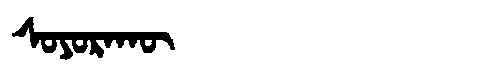
Manchu: ᠰᠣᠶᠣᡵᠠᡴᡡ
Romanization: SOYORAKŪ